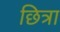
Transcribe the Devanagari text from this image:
छित्रा